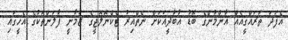
އެފަދަ ތަރައްގީއެއް އާންމުންގެ ބޮޑު އާބާދީއަކަށް ނެތްއިރު ޓެކްނޮލޮޖީގެ ޒަމާނީ ފާލަންތަކުގެ އެހީގައި